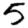
Digit: 5